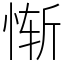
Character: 惭